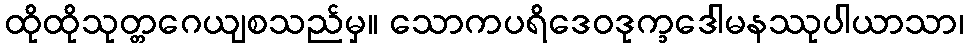
ထိုထိုသုတ္တဂေယျစသည်မှ။ သောကပရိဒေဝဒုက္ခဒေါမနဿုပါယာသာ၊